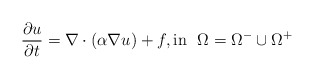
\begin{align*}\frac{\partial u}{\partial t} = \nabla \cdot ( \alpha \nabla u) + f, \mbox{in}~~ \Omega=\Omega^- \cup \Omega^+\end{align*}